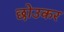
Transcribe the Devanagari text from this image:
छोउकर